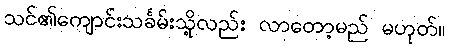
သင်၏ကျောင်းသင်္ခမ်းသို့လည်း လာတော့မည် မဟုတ်။